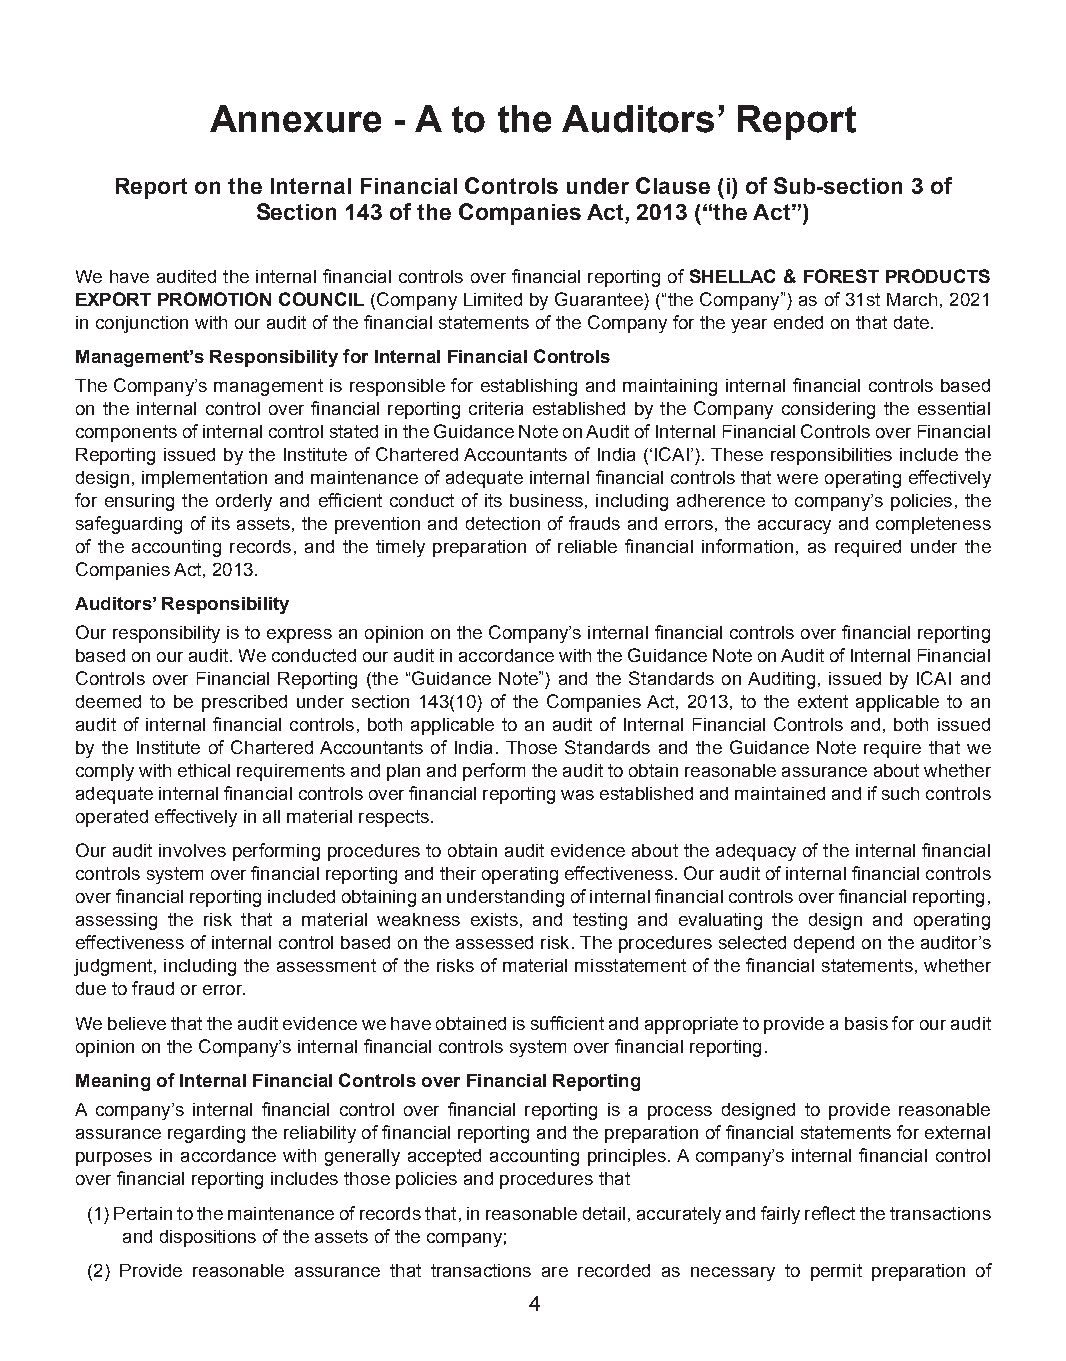
Annexure    - A to the Auditors’   Report
 Report on the Internal Financial Controls under Clause (i) of Sub-section 3 of
 Section 143 of the Companies Act, 2013 (“the Act”)
 We have audited the internal financial controls over financial reporting of SHELLAC & FOREST PRODUCTS
 EXPORT PROMOTION COUNCIL (Company Limited by Guarantee) (“the Company”) as of 31st March, 2021
 in conjunction with our audit of the financial statements of the Company for the year ended on that date.
 Management’s Responsibility for Internal Financial Controls
 The Company’s management is responsible for establishing and maintaining internal financial controls based
 on the internal control over financial reporting criteria established by the Company considering the essential
 components of internal control stated in the Guidance Note on Audit of Internal Financial Controls over Financial
 Reporting issued by the Institute of Chartered Accountants of India (‘ICAI’). These responsibilities include the
 design, implementation and maintenance of adequate internal financial controls that were operating effectively
 for ensuring the orderly and efficient conduct of its business, including adherence to company’s policies, the
 safeguarding of its assets, the prevention and detection of frauds and errors, the accuracy and completeness
 of the accounting records, and the timely preparation of reliable financial information, as required under the
 Companies Act, 2013.
 Auditors’ Responsibility
 Our responsibility is to express an opinion on the Company’s internal financial controls over financial reporting
 based on our audit. We conducted our audit in accordance with the Guidance Note on Audit of Internal Financial
 Controls over Financial Reporting (the “Guidance Note”) and the Standards on Auditing, issued by ICAI and
 deemed to be prescribed under section 143(10) of the Companies Act, 2013, to the extent applicable to an
 audit of internal financial controls, both applicable to an audit of Internal Financial Controls and, both issued
 by the Institute of Chartered Accountants of India. Those Standards and the Guidance Note require that we
 comply with ethical requirements and plan and perform the audit to obtain reasonable assurance about whether
 adequate internal financial controls over financial reporting was established and maintained and if such controls
 operated effectively in all material respects.
 Our audit involves performing procedures to obtain audit evidence about the adequacy of the internal financial
 controls system over financial reporting and their operating effectiveness. Our audit of internal financial controls
 over financial reporting included obtaining an understanding of internal financial controls over financial reporting,
 assessing the risk that a material weakness exists, and testing and evaluating the design and operating
 effectiveness of internal control based on the assessed risk. The procedures selected depend on the auditor’s
 judgment, including the assessment of the risks of material misstatement of the financial statements, whether
 due to fraud or error.
 We believe that the audit evidence we have obtained is sufficient and appropriate to provide a basis for our audit
 opinion on the Company’s internal financial controls system over financial reporting.
 Meaning of Internal Financial Controls over Financial Reporting
 A company’s internal financial control over financial reporting is a process designed to provide reasonable
 assurance regarding the reliability of financial reporting and the preparation of financial statements for external
 purposes in accordance with generally accepted accounting principles. A company’s internal financial control
 over financial reporting includes those policies and procedures that
 (1) Pertain to the maintenance of records that, in reasonable detail, accurately and fairly reflect the transactions
 and dispositions of the assets of the company;
 (2) Provide reasonable assurance that transactions are recorded as necessary to permit preparation of
 4